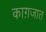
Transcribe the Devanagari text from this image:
काग़जात